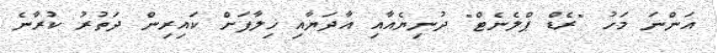
އަންނަ މަހު "ރެޑް ޕްލެނެޓް" ދުނިޔެއާއި އާދަޔާއި ޚިލާފަށް ކައިރިން ދަތުރު ކުރާނެ